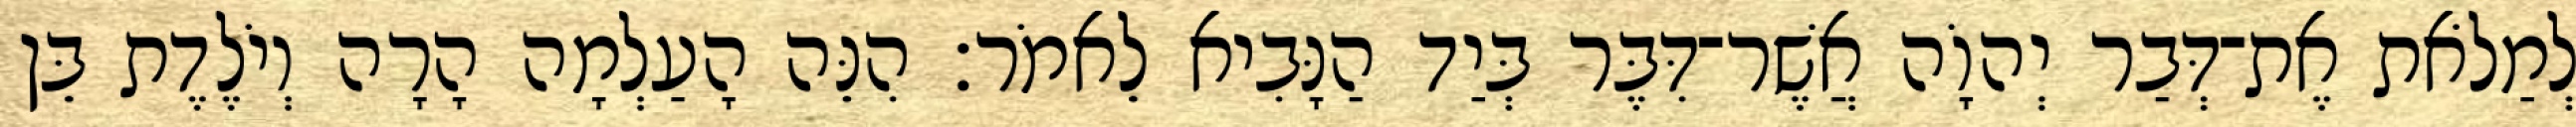
לְמַלֹאת אֶת־דְּבַר יְהוָֹה אֲשֶׁר־דִּבֶּר בְּיַד הַנָּבִיא לֵאמֹר׃ הִנֵּה הָעַלְמָה הָרָה וְיֹלֶדֶת בֵּן